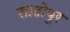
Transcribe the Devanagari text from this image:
साठोपुर